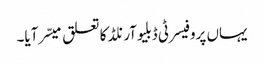
یہاں پروفیسر ٹی ڈبلیوآرنلڈ کا تعلق میسّر آیا۔